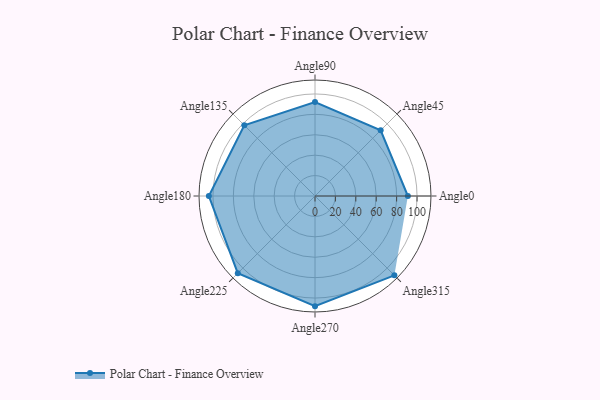
{"axis": {"x": "Angle", "y": "Radius"}, "legend": [""], "data": [{"x": "Angle0", "y": 91.0, "type": ""}, {"x": "Angle45", "y": 91.0, "type": ""}, {"x": "Angle90", "y": 92.0, "type": ""}, {"x": "Angle135", "y": 98.0, "type": ""}, {"x": "Angle180", "y": 104.0, "type": ""}, {"x": "Angle225", "y": 107.0, "type": ""}, {"x": "Angle270", "y": 108.0, "type": ""}, {"x": "Angle315", "y": 110.0, "type": ""}]}